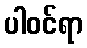
ပါဝင်ရာ